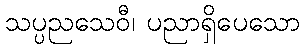
သပ္ပညသေဝီ၊ ပညာရှိပေသော